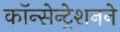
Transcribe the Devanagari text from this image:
कॉन्सेन्ट्रेशनने